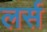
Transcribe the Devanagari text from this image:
लर्स